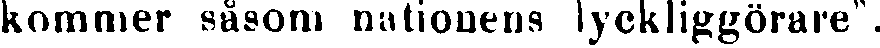
kommer såsom nationens lyckliggörare".